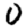
Digit: 0